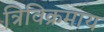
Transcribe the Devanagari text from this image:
त्रिविक्रमाय